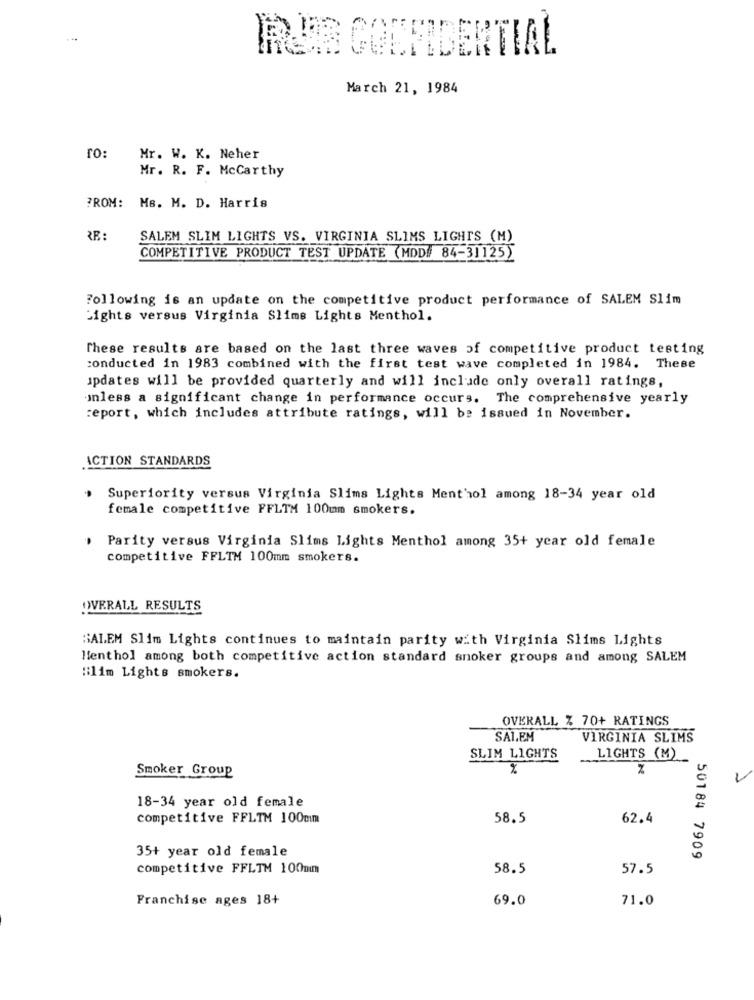
IRIS CONFIDENTIAL
March 21, 1984
ro:
Mr. W. K. Neher
Mr. R. F. McCarthy
FROM: Ms. M. D. Harris
SALEM SLIM LIGHTS VS. VIRGINIA SLIMS LIGHTS (M)
COMPETITIVE PRODUCT TEST UPDATE (MDD# 84-31125)
Following is an update on the competitive product performance of SALEM Slim
Lights versus Virginia Slims Lights Menthol.
These results are based on the last three waves of competitive product testing
conducted in 1983 combined with the first test wave completed in 1984. These
updates will be provided quarterly and will include only overall ratings,
unless a significant change in performance occurs. The comprehensive yearly
report, which includes attribute ratings, will be issued in November.
ACTION STANDARDS
. Superiority versus Virginia Slims Lights Menthol among 18-34 year old
female competitive FFLTM 100mm smokers.
. Parity versus Virginia Slims Lights Menthol among 35+ year old female
competitive FFLTM 100mm smokers.
OVERALL RESULTS
SALEM Slim Lights continues to maintain parity with Virginia Slims Lights
Menthol among both competitive action standard snoker groups and among SALEM
Bilim Lights smokers.
OVERALL % 70+ RATINGS
SALEM
VIRGINIA SLIMS
SLIM LIGHTS
LIGHTS (M)
Smoker Group
%
%
18-34 year old female
competitive FFLTM 100cm
58.5
62.4
35+ year old female
50184 7909
competitive FFLTM 100mm
58.5
57.5
Franchise ages 18+
69.0
71.0